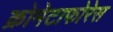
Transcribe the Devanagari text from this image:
क्रोमेटाफोरेस